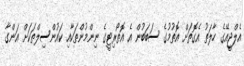
އެލްޖީއޭގެ ހާލަތު އެގޮތަށް އޮތުމުގެ ސަބަބުން އެ އޮތޯރިޓީގެ ނިންމުންތަކާއި ކައުންސިލްތަކަށް އަންގާ